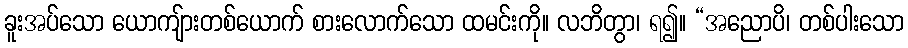
ခူးအပ်သော ယောကျ်ားတစ်ယောက် စားလောက်သော ထမင်းကို။ လဘိတွာ၊ ရ၍။ “အညောပိ၊ တစ်ပါးသော